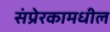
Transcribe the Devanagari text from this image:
संप्रेरकामधील